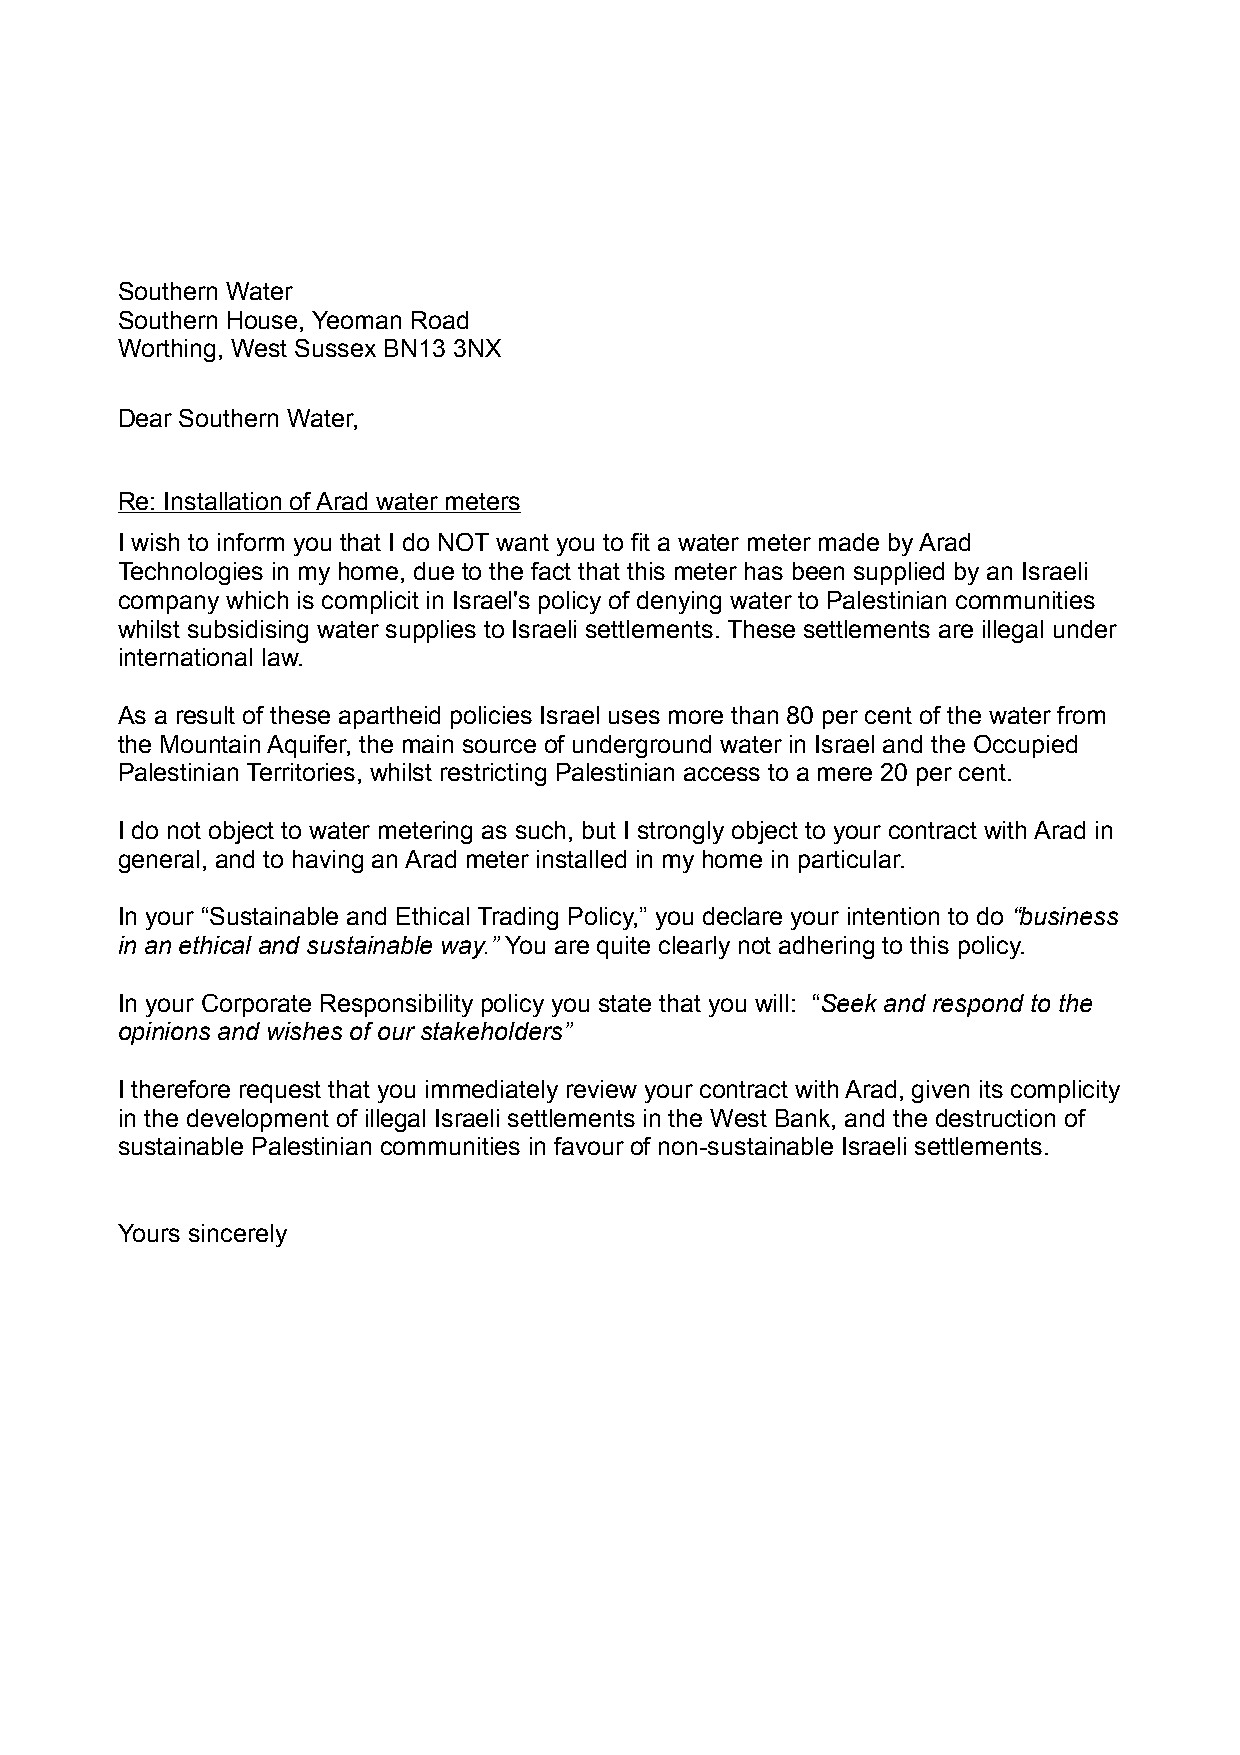
Southern Water
 Southern House, Yeoman Road
 Worthing, West Sussex BN13 3NX
 Dear Southern Water,
 Re: Installation of Arad water meters
 I wish to inform you that I do NOT want you to fit a water meter made by Arad
 Technologies in my home, due to the fact that this meter has been supplied by an Israeli
 company which is complicit in Israel's policy of denying water to Palestinian communities
 whilst subsidising water supplies to Israeli settlements. These settlements are illegal under
 international law.
 As a result of these apartheid policies Israel uses more than 80 per cent of the water from
 the Mountain Aquifer, the main source of underground water in Israel and the Occupied
 Palestinian Territories, whilst restricting Palestinian access to a mere 20 per cent.
 I do not object to water metering as such, but I strongly object to your contract with Arad in
 general, and to having an Arad meter installed in my home in particular.
 In your “Sustainable and Ethical Trading Policy,” you declare your intention to do “business
 in an ethical and sustainable way.” You are quite clearly not adhering to this policy.
 In your Corporate Responsibility policy you state that you will: “Seek and respond to the
 opinions and wishes of our stakeholders”
 I therefore request that you immediately review your contract with Arad, given its complicity
 in the development of illegal Israeli settlements in the West Bank, and the destruction of
 sustainable Palestinian communities in favour of non-sustainable Israeli settlements.
 Yours sincerely